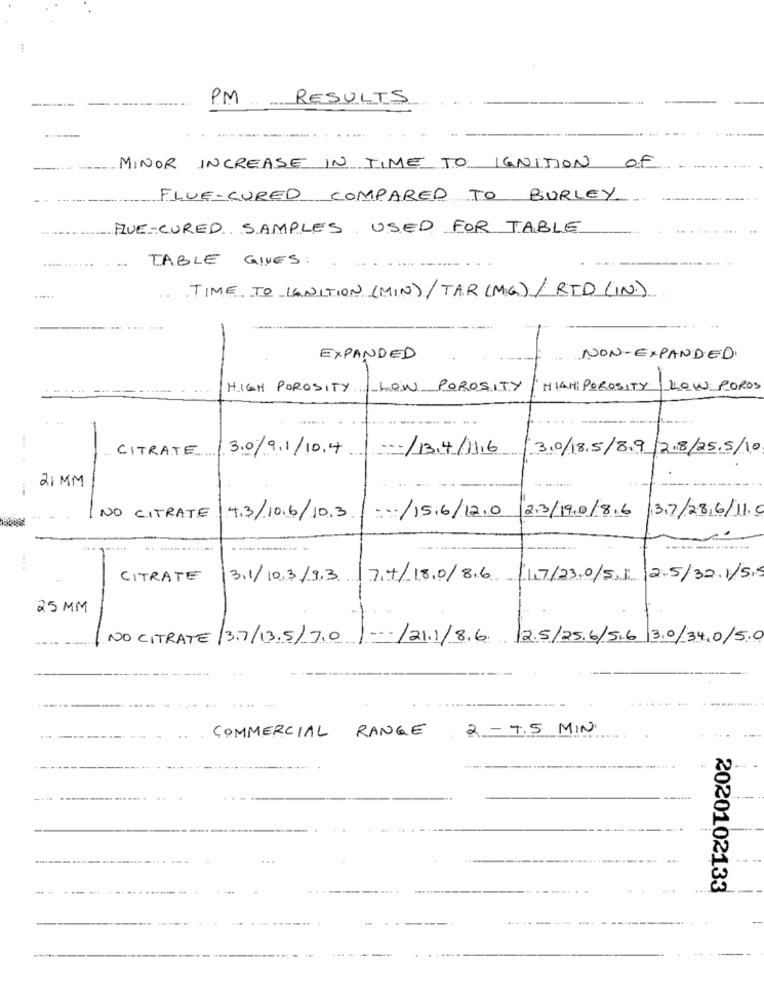
--
--------- -
PM RESULTS
.......
MINOR INCREASE IN TIME TO IGNITION OF
FLUE-CURED COMPARED TO BURLEY
FUE-CURED SAMPLES USED FOR TABLE
TABLE GIVES :
TIME TO IGNITION (MIN) /TAR (MIG) / RID (IN.)
..
EXPANDED
NON-EXPANDED.
- -.
HIGH POROSITY. LOW POROSITY
HIGH POROSITY
LOW POROS
-
CITRATE / 3.0/9.1/10.4
... /13/4/1116 / 3.0/18.5/8.9 |28/25.5/10
21 MM
3,7/28,6/11.0
NO CITRATE
4.3/10.6/10.3
15.6/ 12 .0
2.3/19.0/8.6
.............
CITRATE
3.1/10,3/9.3.
7.4/18.0/ 8.6 |1,7/23.0/5,Ji |2.5/32. 1/5,5
25 MM
------..
NO CITRATE/3.7/13.5/ 7.0.
--
-/21.1/8.6 /2.5/25.6/5.6 3.0/34, 0/5.0
COMMERCIAL RANGE
2 - 7.5 MIN.
2020102133